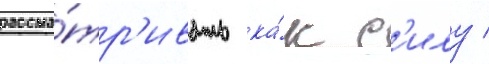
рассма́тр'ивать ка́к с'илу /